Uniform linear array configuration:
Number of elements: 64
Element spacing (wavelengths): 0.75
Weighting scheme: exponential
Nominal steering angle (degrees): -30
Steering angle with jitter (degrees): -28.31
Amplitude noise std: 0.05
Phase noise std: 0.05

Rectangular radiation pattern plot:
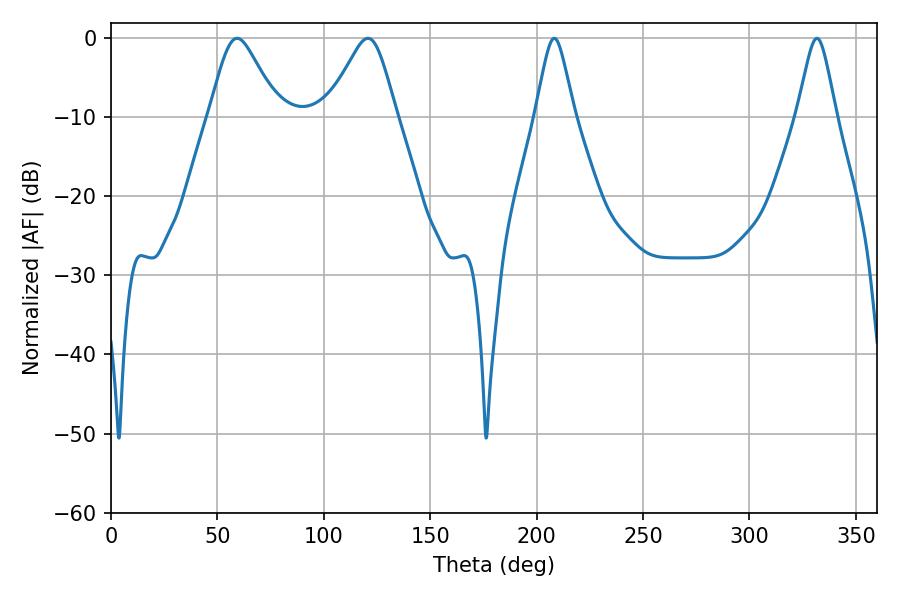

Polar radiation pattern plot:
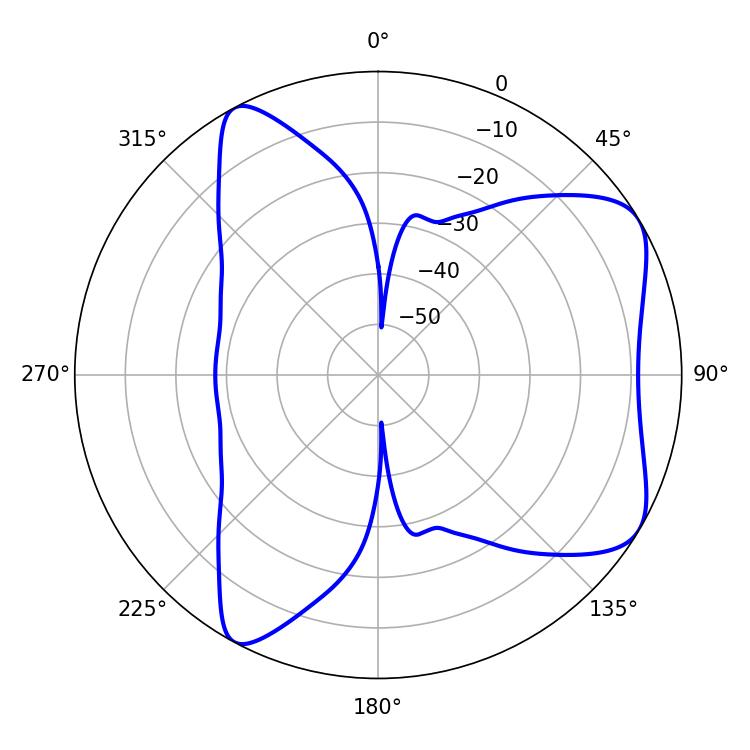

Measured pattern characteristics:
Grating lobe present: TRUE
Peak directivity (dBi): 6.701
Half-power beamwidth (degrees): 15.66
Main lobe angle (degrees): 59.22